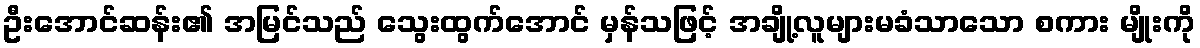
ဦးအောင်ဆန်း၏ အမြင်သည် သွေးထွက်အောင် မှန်သဖြင့် အချို့လူများမခံသာသော စကား မျိုးကို